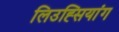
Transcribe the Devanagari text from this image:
लिउह्सियांग